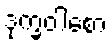
ဒုက္ခဝါစော